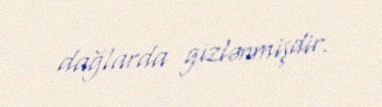
dağlarda gizlənmişdir.